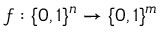
f : \{ 0 , 1 \} ^ { n } \rightarrow \{ 0 , 1 \} ^ { m }